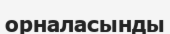
орналасынды